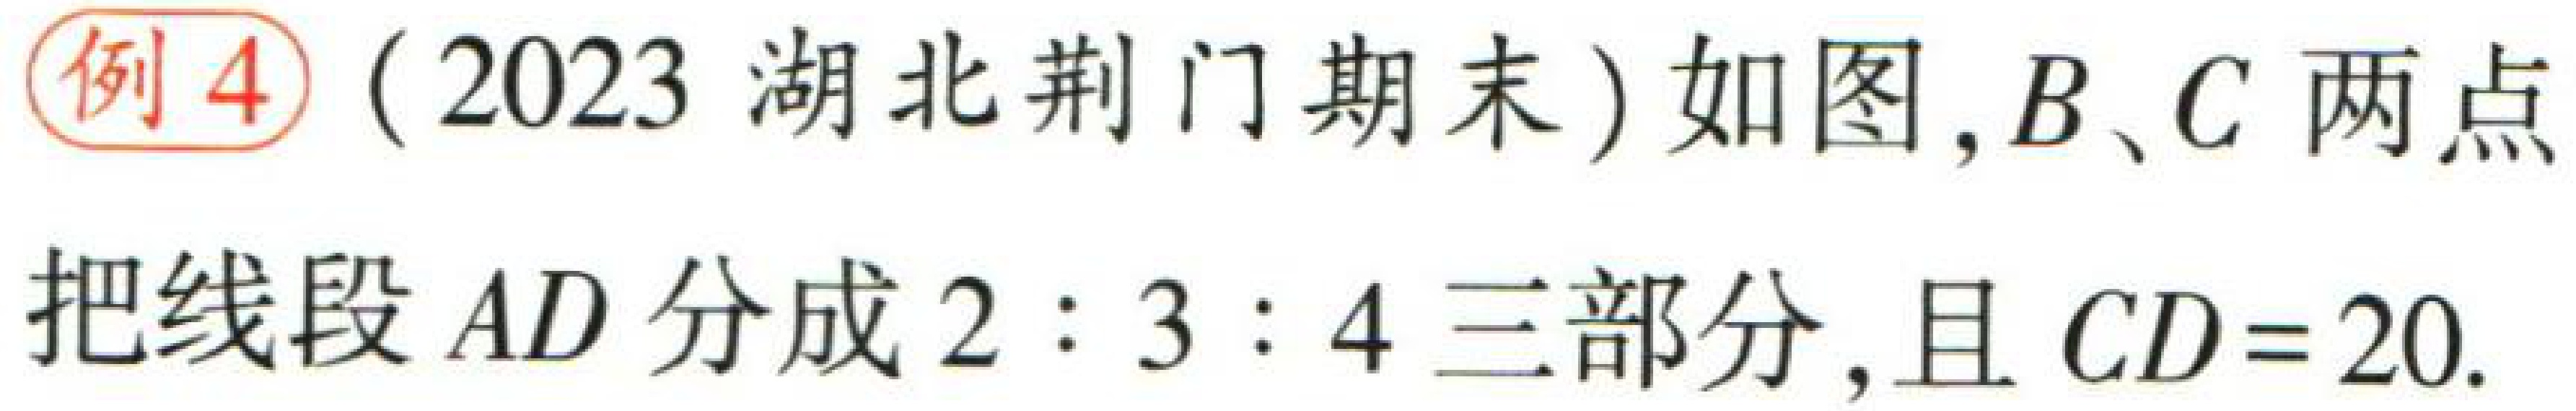
例4（2023 湖北荆门期末）如图，\(B、C\)两点

把线段\(AD\)分成\(2:3:4\)三部分，且\(CD = 20\).